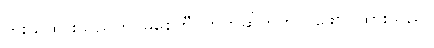
ကူးယူထားသည်ဟု မြစေတီဝက်ဘ်ဆိုက်တွင် ဖော်ပြထားသည်။